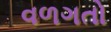
વળગતો